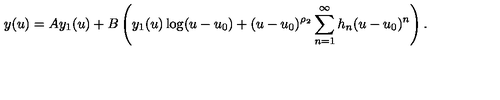
y ( u ) = A y _ { 1 } ( u ) + B \left( y _ { 1 } ( u ) \log ( u - u _ { 0 } ) + ( u - u _ { 0 } ) ^ { \rho _ { 2 } } \sum _ { n = 1 } ^ { \infty } h _ { n } ( u - u _ { 0 } ) ^ { n } \right) .